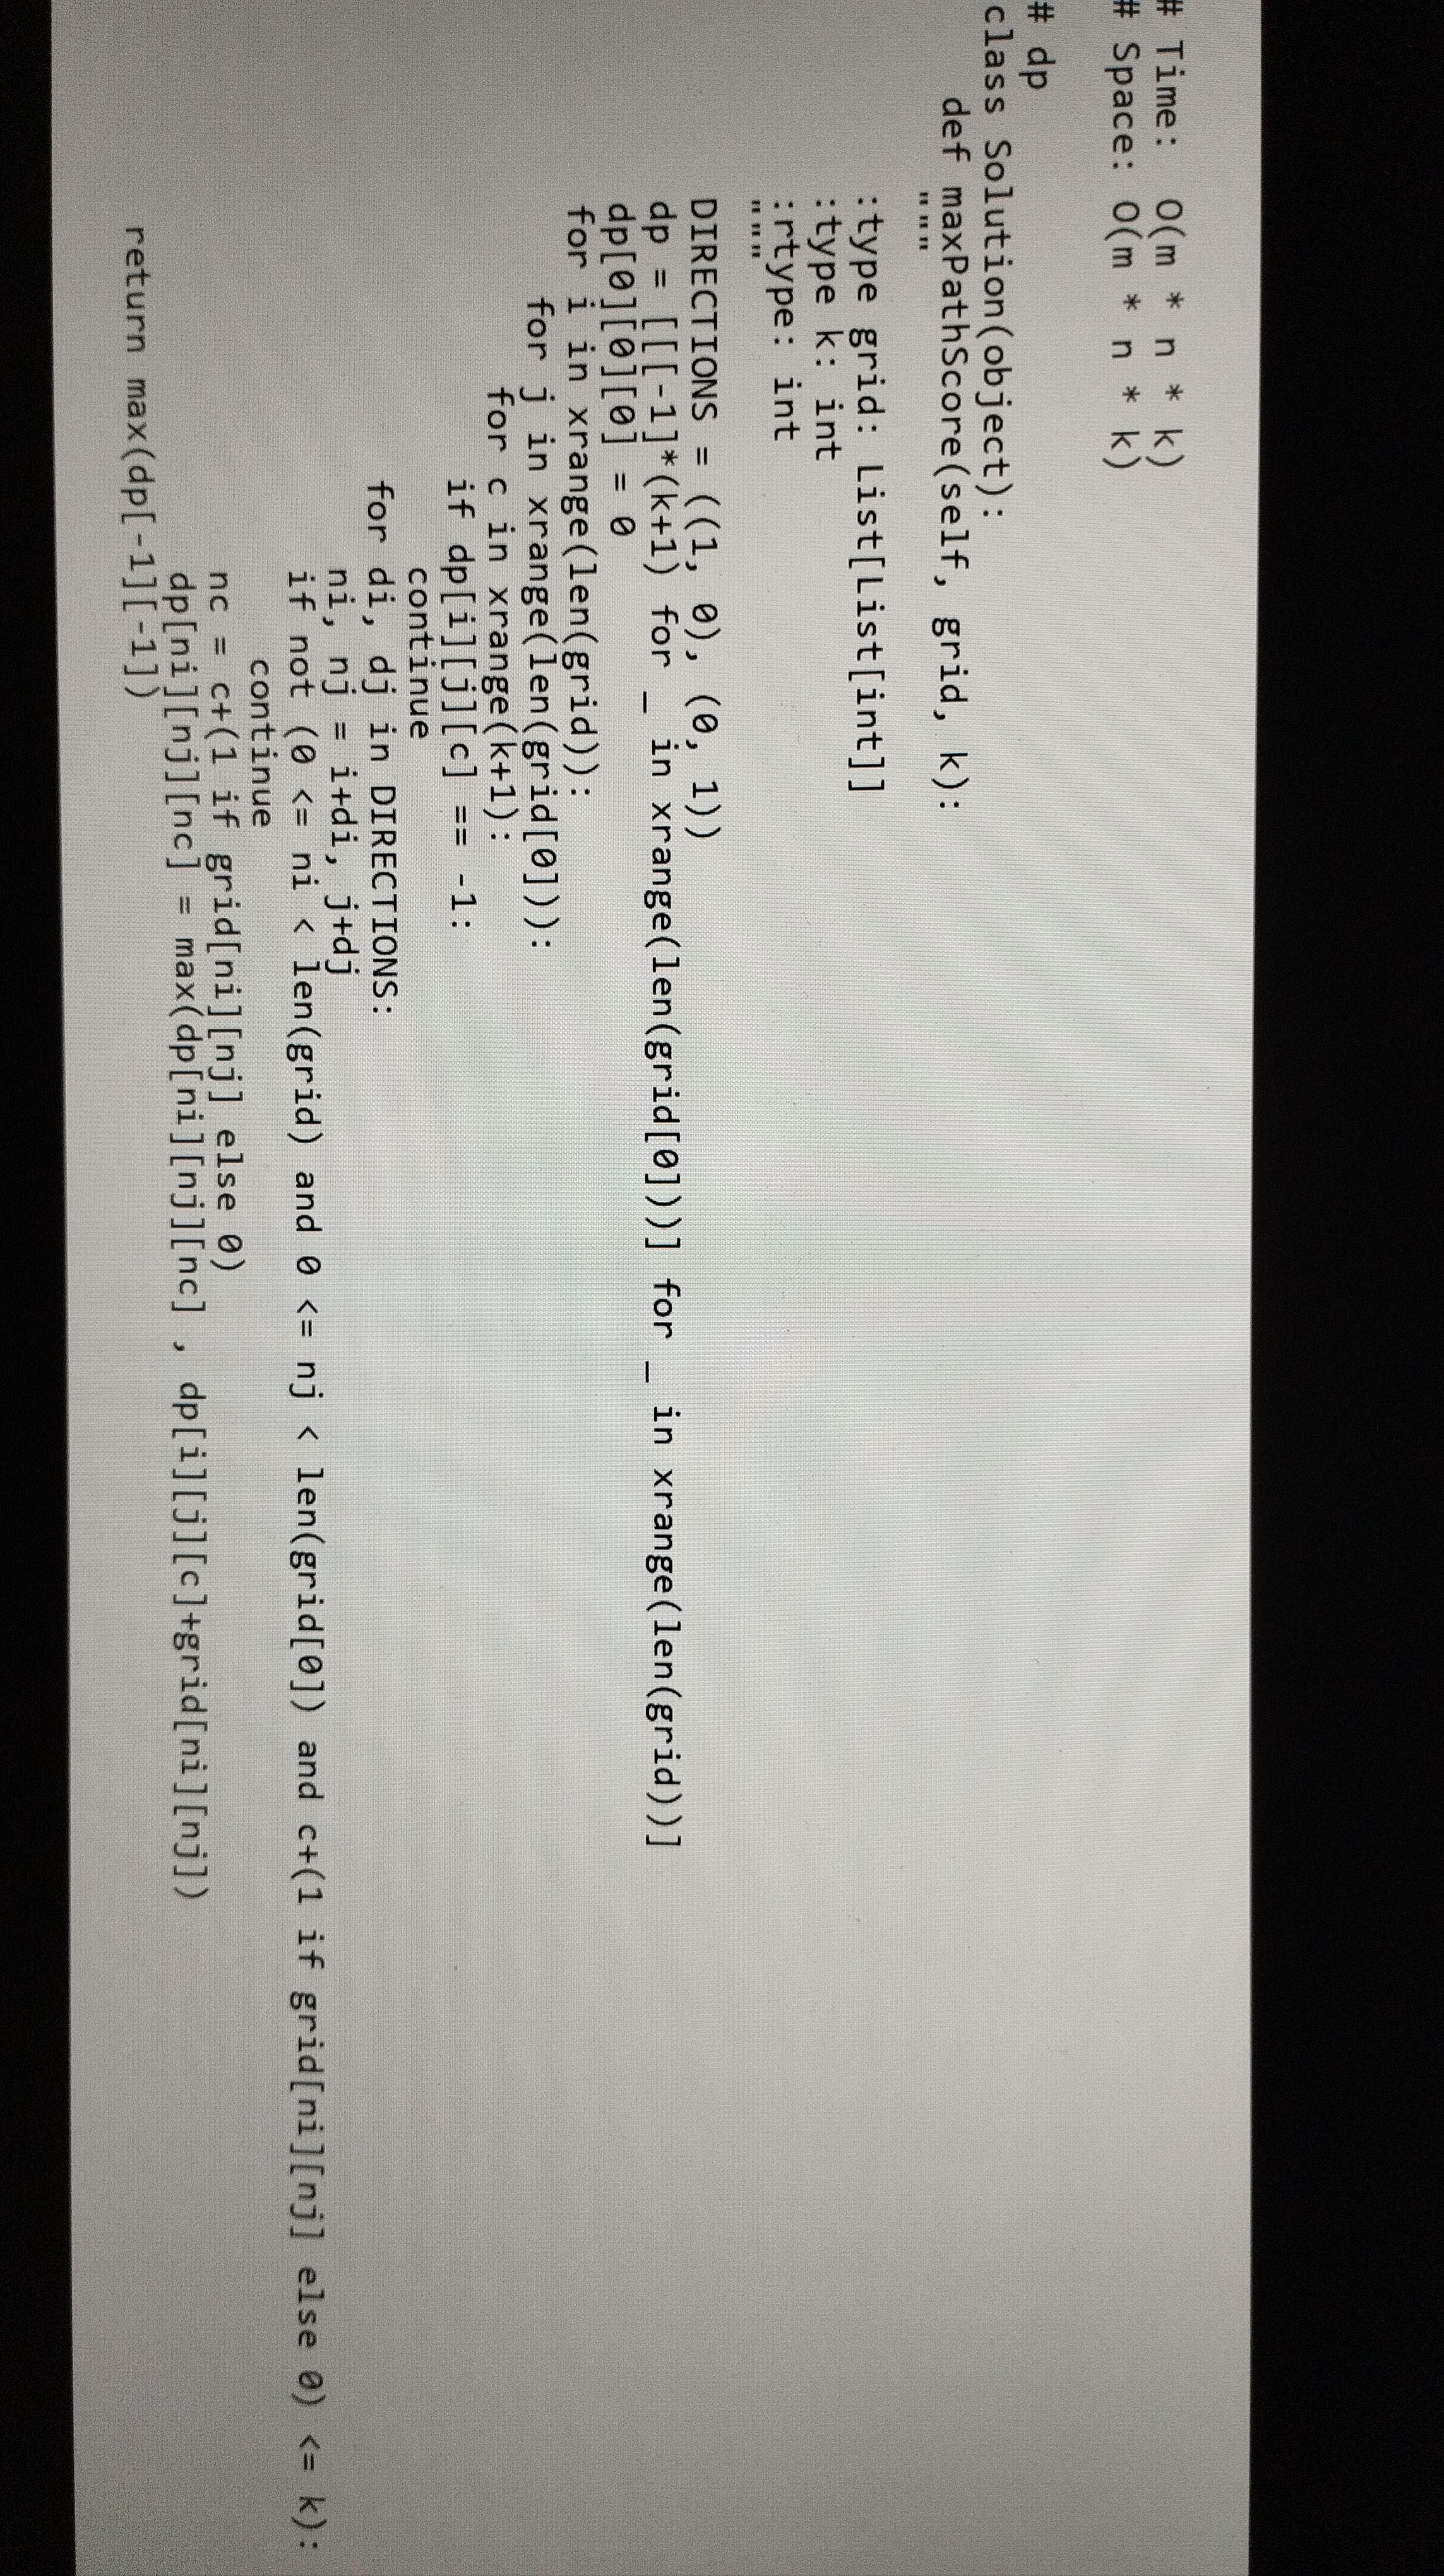
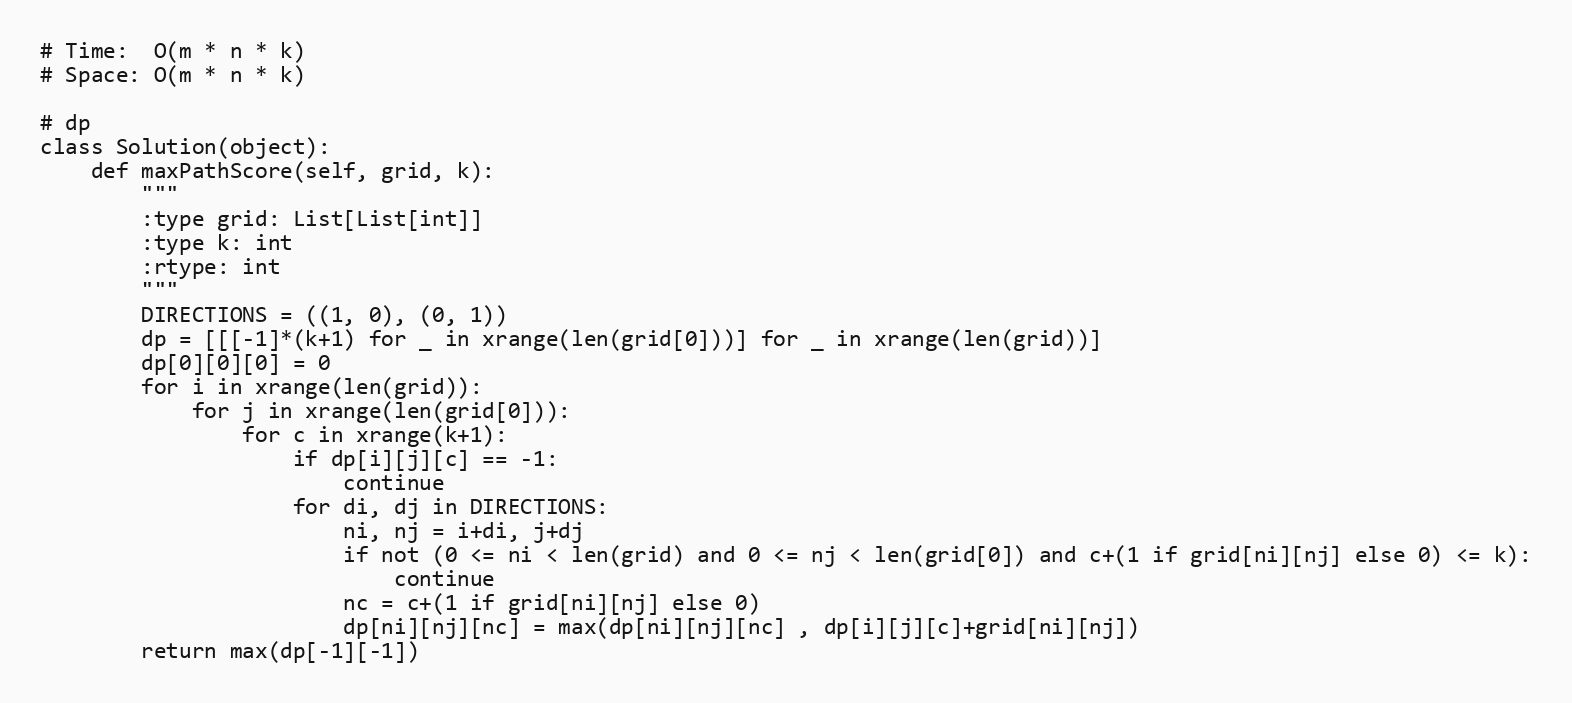
# Time:  O(m * n * k)
# Space: O(m * n * k)

# dp
class Solution(object):
    def maxPathScore(self, grid, k):
        """
        :type grid: List[List[int]]
        :type k: int
        :rtype: int
        """
        DIRECTIONS = ((1, 0), (0, 1))
        dp = [[[-1]*(k+1) for _ in xrange(len(grid[0]))] for _ in xrange(len(grid))]
        dp[0][0][0] = 0
        for i in xrange(len(grid)):
            for j in xrange(len(grid[0])):
                for c in xrange(k+1):
                    if dp[i][j][c] == -1:
                        continue
                    for di, dj in DIRECTIONS:
                        ni, nj = i+di, j+dj
                        if not (0 <= ni < len(grid) and 0 <= nj < len(grid[0]) and c+(1 if grid[ni][nj] else 0) <= k):
                            continue
                        nc = c+(1 if grid[ni][nj] else 0)
                        dp[ni][nj][nc] = max(dp[ni][nj][nc] , dp[i][j][c]+grid[ni][nj])
        return max(dp[-1][-1])